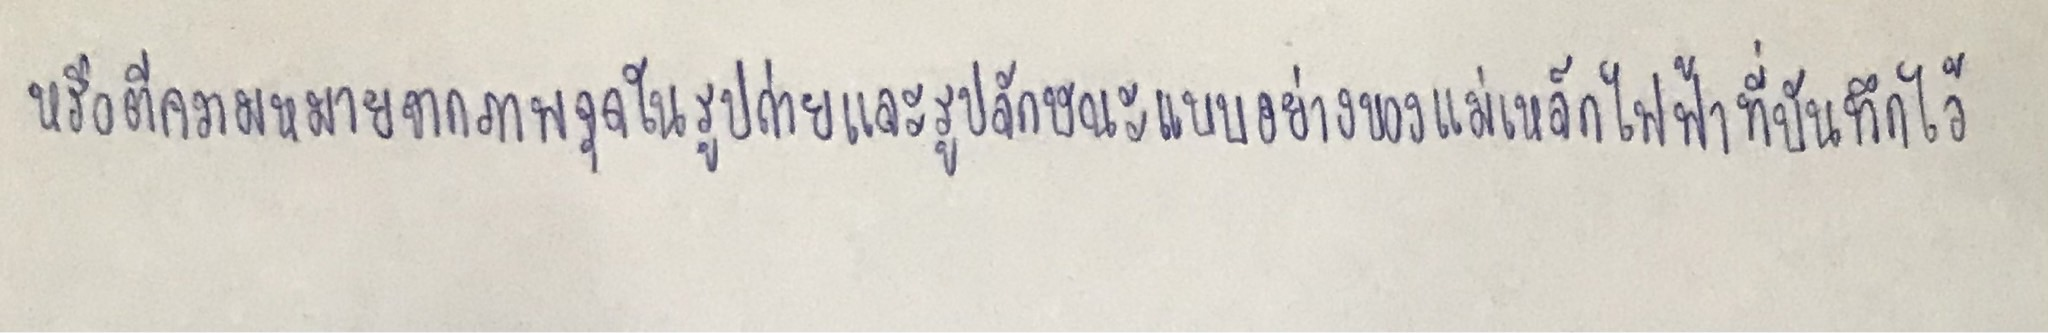
หรือตีความหมายจากภาพจุดในรูปถ่ายและรูปลักษณะแบบอย่างของแม่เหล็กไฟฟ้าที่บันทึกไว้